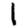
Digit: 1